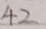
4 2